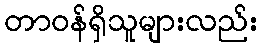
တာဝန်ရှိသူများလည်း